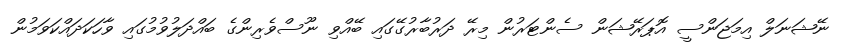
ނޭޝަނަލް އިމަޖަންސީ އޮޕަރޭޝަން ސެންޓަރުން މިރޭ ދަރުބާރުގޭގައި ބޭއްވި ނޫސްވެރިންގެ ބައްދަލުވުމުގައި ވާހަކަދައްކަވަމުން